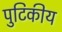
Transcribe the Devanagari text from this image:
पुटिकीय